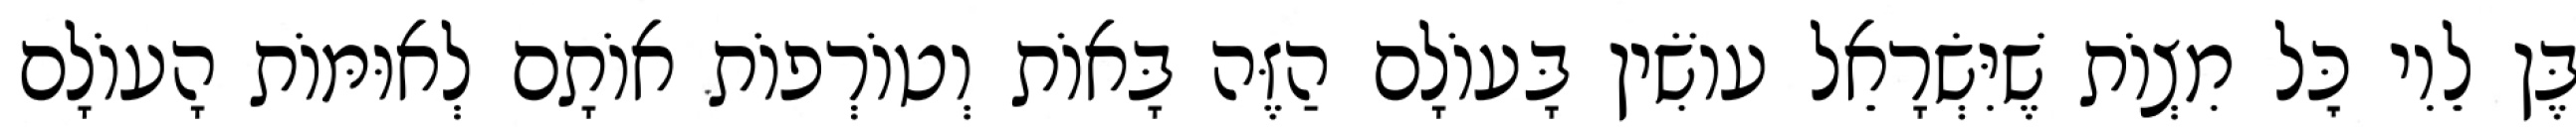
בֶּן לֵוִי כׇּל מִצְוֹת שֶׁיִּשְׂרָאֵל עוֹשִׂין בָּעוֹלָם הַזֶּה בָּאוֹת וְטוֹרְפוֹת אוֹתָם לְאוּמּוֹת הָעוֹלָם